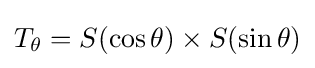
T_{\theta }=S(\cos \theta )\times S(\sin \theta )